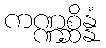
ကဏ္ဏစ္ဆိန္နံ